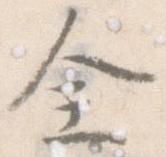
全